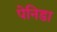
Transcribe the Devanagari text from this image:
पेनिडा